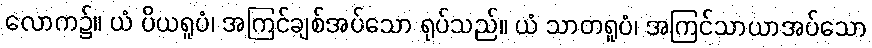
လောက၌။ ယံ ပိယရူပံ၊ အကြင်ချစ်အပ်သော ရုပ်သည်။ ယံ သာတရူပံ၊ အကြင်သာယာအပ်သော